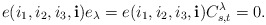
\begin{align*} e(i_1,i_2,i_3,\mathbf{i}) e_{\lambda}=e(i_1,i_2,i_3,\mathbf{i})C_{s,t}^{\lambda}=0.\end{align*}